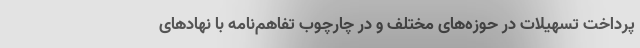
پرداخت تسهیلات در حوزه‌های مختلف و در چارچوب تفاهم‌نامه با نهادهای